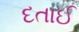
દતાઈ